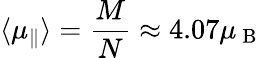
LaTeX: \langle\mu_{\parallel}\rangle=\frac{M}{N}\approx 4.07\mu_{\mathrm{~B~}}